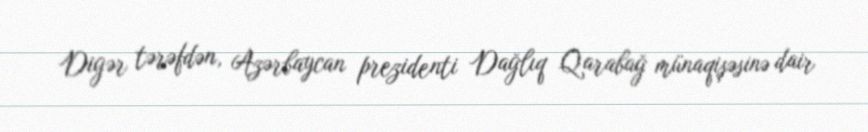
Digər tərəfdən, Azərbaycan prezidenti Dağlıq Qarabağ münaqişəsinə dair